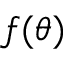
f ( \theta )